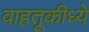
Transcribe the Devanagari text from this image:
वाहतूकीध्ये